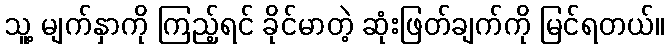
သူ့ မျက်နှာကို ကြည့်ရင် ခိုင်မာတဲ့ ဆုံးဖြတ်ချက်ကို မြင်ရတယ်။